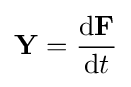
\mathbf {Y} ={\frac {\mathrm {d} \mathbf {F} }{\mathrm {d} t}}